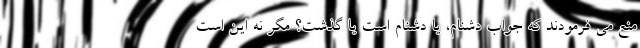
منع می فرمودند که جواب دشنام، یا دشنام است یا گذشت؟ مگر نه این است